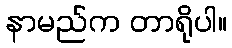
နာမည်က တာရိုပါ။